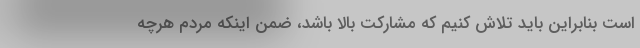
است بنابراین باید تلاش کنیم که مشارکت بالا باشد، ضمن اینکه مردم هرچه